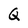
Character: Q